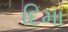
દિમા